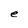
Character: e